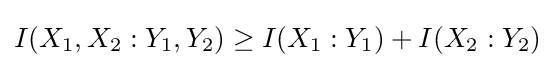
I(X_{1},X_{2}:Y_{1},Y_{2})\geq I(X_{1}:Y_{1})+I(X_{2}:Y_{2})